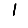
Digit: 1